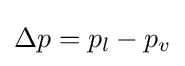
\Delta p=p_{l}-p_{v}